Civil Veterinary Dept. Bombay admin report 1893-99 - 1893-1899
Year: 1893
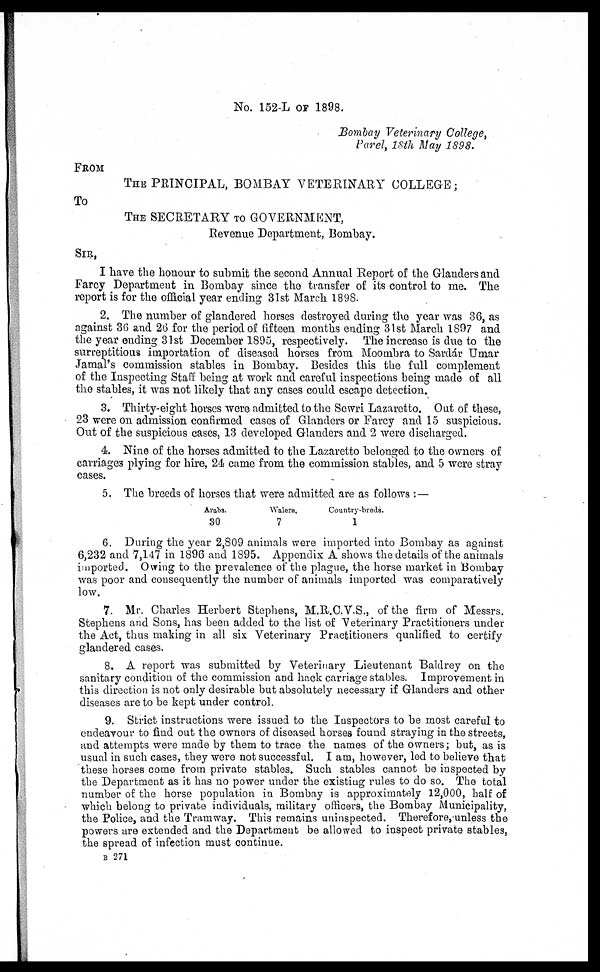
No. 152-L OF 1898.
Bombay Veterinary College,
Parel, 18th May 1898.
FROM
THE PRINCIPAL, BOMBAY VETERINARY COLLEGE ;
To
THE SECRETARY TO GOVERNMENT,
Revenue Department, Bombay.
SIR,
I have the honour to submit the second Annual Report of the Glanders and
Farcy Department in Bombay since the transfer of its control to me. The
report is for the official year ending 31st March 1898.
2. The number of glandered horses destroyed during the year was 36, as
against 36 and 26 for the period of fifteen months ending 31st March 1897 and
the year ending 31st December 1895, respectively. The increase is due to the
surreptitious importation of diseased horses from Moombra to Sardár Umar
Jamal's commission stables in Bombay. Besides this the full complement
of the Inspecting Staff being at work and careful inspections being made of all
the stables, it was not likely that any cases could escape detection.
3. Thirty-eight horses were admitted to the Sewri Lazaretto. Out of these,
23 were on admission confirmed cases of Glanders or Farcy and 15 suspicious.
Out of the suspicious cases, 13 developed Glanders and 2 were discharged.
4. Nine of the horses admitted to the Lazaretto belonged to the owners of
carriages plying for hire, 24 came from the commission stables, and 5 were stray
cases.
5. The breeds of horses that were admitted are as follows : —
Arabs.
30
Walers.
7
Country-breds.
1
6. During the year 2,809 animals were imported into Bombay as against
6,232 and 7,147 in 1896 and 1895. Appendix A shows the details of the animals
imported. Owing to the prevalence of the plague, the horse market in Bombay
was poor and consequently the number of animals imported was comparatively
low.
7. Mr. Charles Herbert Stephens, M.R.C.V.S., of the firm of Messrs.
Stephens and Sons, has been added to the list of Veterinary Practitioners under
the Act, thus making in all six Veterinary Practitioners qualified to certify
glandered cases.
8. A report was submitted by Veterinary Lieutenant Baldrey on the
sanitary condition of the commission and hack carriage stables. Improvement in
this direction is not only desirable but absolutely necessary if Glanders and other
diseases are to be kept under control.
9. Strict instructions were issued to the Inspectors to be most careful to
endeavour to find out the owners of diseased horses found straying in the streets,
and attempts were made by them to trace the names of the owners; but, as is
usual in such cases, they were not successful. I am, however, led to believe that
these horses come from private stables. Such stables cannot be inspected by
the Department as it has no power under the existing rules to do so. The total
number of the horse population in Bombay is approximately 12,000, half of
which belong to private individuals, military officers, the Bombay Municipality,
the Police, and the Tramway. This remains uninspected. Therefore, unless the
powers are extended and the Department be allowed to inspect private stables,
the spread of infection must continue.
B 271